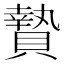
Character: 贄